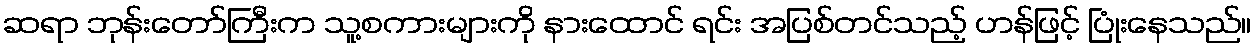
ဆရာ ဘုန်းတော်ကြီးက သူ့စကားများကို နားထောင် ရင်း အပြစ်တင်သည့် ဟန်ဖြင့် ပြုံးနေသည်။